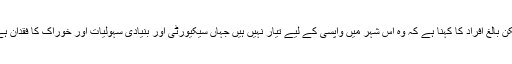
لیکن بالغ افراد کا کہنا ہے کہ وہ اس شہر میں واپسی کے لیے تیار نہیں ہیں جہاں سیکیورٹی اور بنیادی سہولیات اور خوراک کا فقدان ہے۔